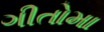
ગીતોમા